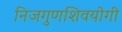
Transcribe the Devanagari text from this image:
निजगुणशिवयोगी